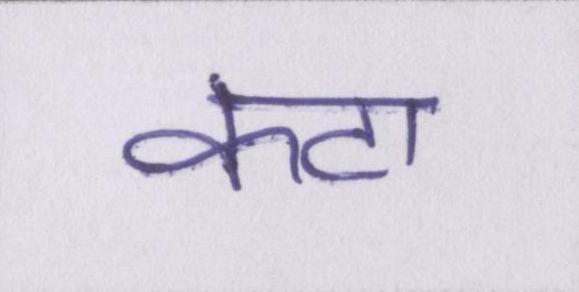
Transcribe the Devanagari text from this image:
कटा